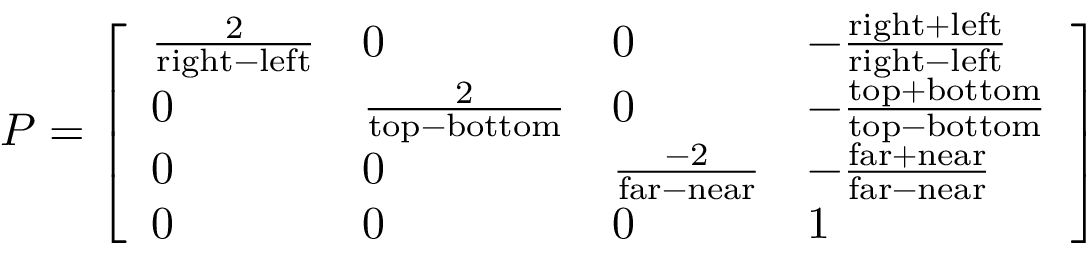
P = { \left[ \begin{array} { l l l l } { { \frac { 2 } { { \mathrm { r i g h t } } - { \mathrm { l e f t } } } } } & { 0 } & { 0 } & { - { \frac { { \mathrm { r i g h t } } + { \mathrm { l e f t } } } { { \mathrm { r i g h t } } - { \mathrm { l e f t } } } } } \\ { 0 } & { { \frac { 2 } { { \mathrm { t o p } } - { \mathrm { b o t t o m } } } } } & { 0 } & { - { \frac { { \mathrm { t o p } } + { \mathrm { b o t t o m } } } { { \mathrm { t o p } } - { \mathrm { b o t t o m } } } } } \\ { 0 } & { 0 } & { { \frac { - 2 } { { \mathrm { f a r } } - { \mathrm { n e a r } } } } } & { - { \frac { { \mathrm { f a r } } + { \mathrm { n e a r } } } { { \mathrm { f a r } } - { \mathrm { n e a r } } } } } \\ { 0 } & { 0 } & { 0 } & { 1 } \end{array} \right] }